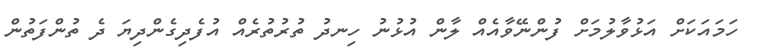
ހަމައަކަށް އަޅުވާލުމަށް ފުންނޭވާއެއް ލާން އުޅުނު ހިނދު ތުރުތުރެއް އުފެދިގެންދިޔަ ދެ ތުންފަތުން